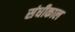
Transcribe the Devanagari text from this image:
संधीकाल